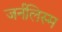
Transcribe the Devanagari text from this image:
जर्नलिस्म